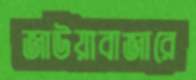
জাউয়াবাজারে